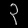
Digit: ၃